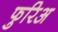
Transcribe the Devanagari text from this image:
फुरिअ